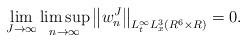
LaTeX: \begin{align*}\lim_{J\to\infty}\limsup_{n\to\infty}\left\|w^J_n\right\|_{L^{\infty}_tL^3_x(R^6\times R)}=0.\end{align*}